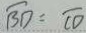
\widehat { B D } = \widehat { C D }